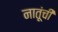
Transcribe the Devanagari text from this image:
नातूंची